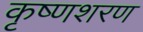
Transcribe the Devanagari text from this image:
कृष्णशरण